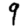
Digit: 9